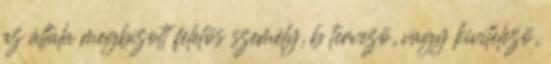
az általa megbízott felelõs személy, b tervezõ, vagy kivitelezõ,